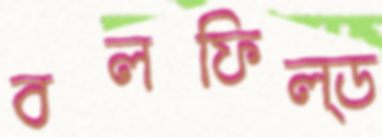
বলফিল্ড